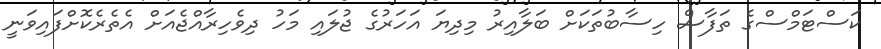
ކަސްޓަމްސްގެ ތަފާސް ހިސާބުތަކަށް ބަލާއިރު މިދިޔަ އަހަރުގެ ޖުލައި މަހު ދިވެހިރާއްޖެއަށް އެތެރެކޮށްފައިވަނީ